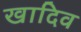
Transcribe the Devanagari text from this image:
खादिव